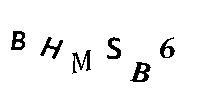
BHMSB6